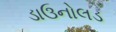
ડાઉનોલડ